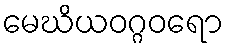
မေဃိယဝဂ္ဂဝရော